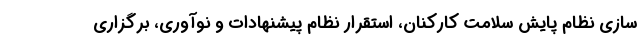
سازی نظام پایش سلامت کارکنان، استقرار نظام پیشنهادات و نوآوری، برگزاری